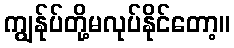
ကျွန်ုပ်တို့မလုပ်နိုင်တော့။